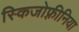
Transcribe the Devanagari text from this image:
स्किजोफ़्रीनिया